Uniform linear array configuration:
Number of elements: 24
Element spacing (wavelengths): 1
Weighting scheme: binomial
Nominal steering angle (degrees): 60
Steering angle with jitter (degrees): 59.904
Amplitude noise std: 0.05
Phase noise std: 0.05

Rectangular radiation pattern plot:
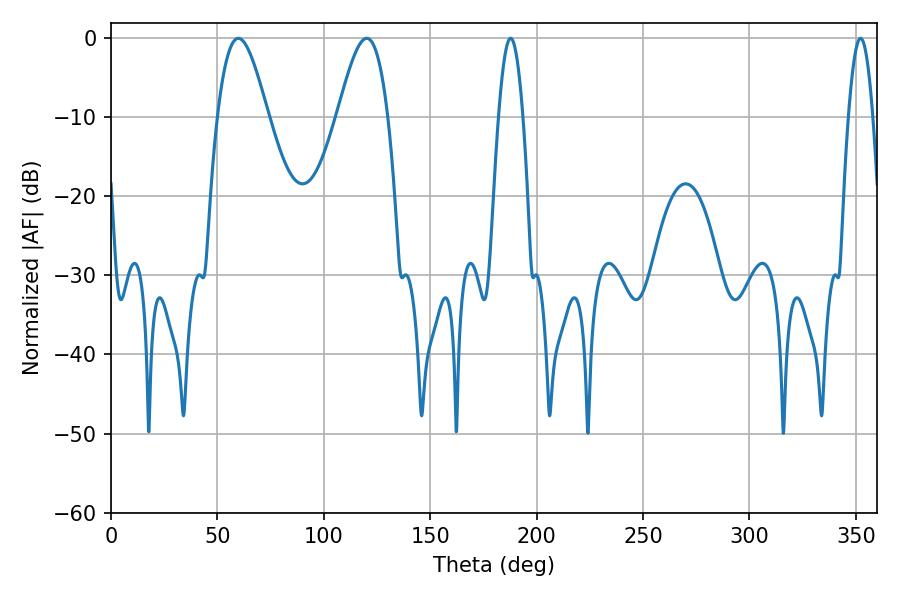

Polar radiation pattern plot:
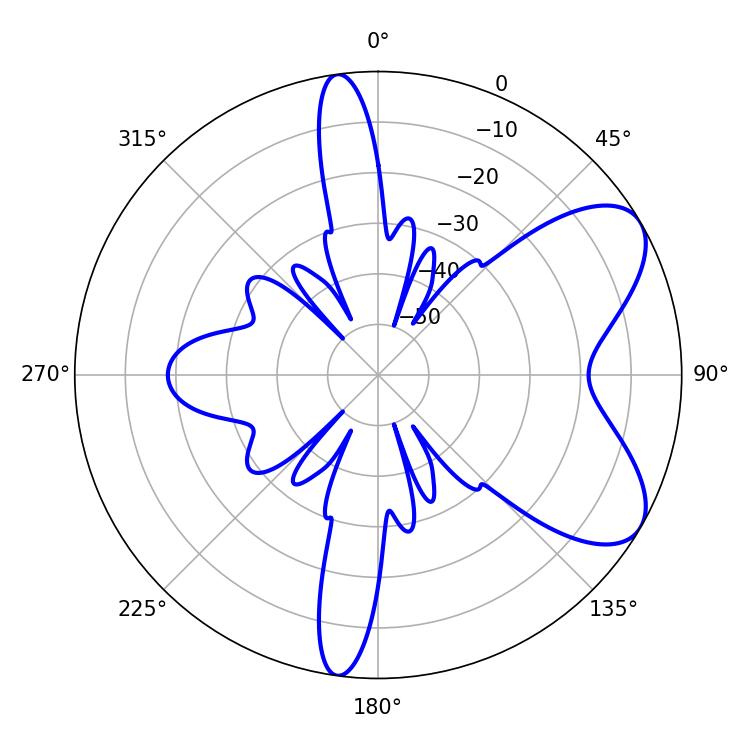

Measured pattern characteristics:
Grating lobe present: TRUE
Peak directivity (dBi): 7.043
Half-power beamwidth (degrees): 6.12
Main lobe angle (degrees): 187.74